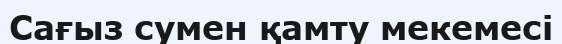
Сағыз сумен қамту мекемесі